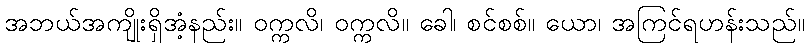
အဘယ်အကျိုးရှိအံ့နည်း။ ဝက္ကလိ၊ ဝက္ကလိ။ ခေါ၊ စင်စစ်။ ယော၊ အကြင်ရဟန်းသည်။